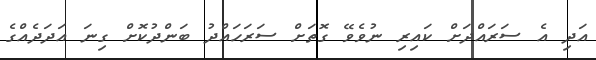
އަދި އެ ސަރަައްދަށް ކައިރި ނުވެވޭ ގޮތަށް ސަރަހައްދު ބަންދުކޮށް ގިނަ އަދަދެއްގެ